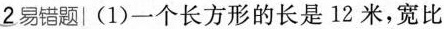
2易错题| (1)一个长方形的长是12米，宽比